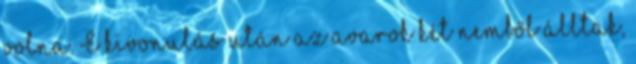
volna. E kivonulás után az avarok két nemből álltak,